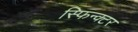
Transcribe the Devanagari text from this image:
स्फिन्क्टर